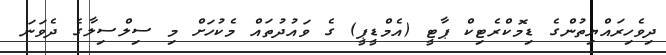
ދިވެހިރައްޔިތުންގެ ޑިމޮކްރެޓިކް ޕާޓީ (އެމްޑީޕީ) ގެ ވައުދުތައް މެކުހަށް މި ސިލްސިލާގެ ދެވަނަ